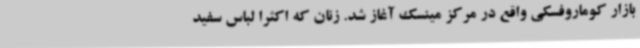
بازار کوماروفسکی واقع در مرکز مینسک آغاز شد. زنان که اکثراً لباس سفید